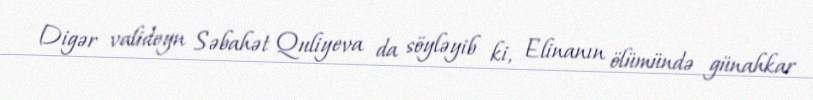
Digər valideyn Səbahət Quliyeva da söyləyib ki, Elinanın ölümündə günahkar